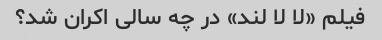
فیلم «لا لا لند» در چه سالی اکران شد؟